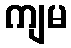
ကျမ